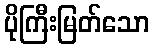
ပိုကြီးမြတ်သော